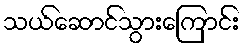
သယ်ဆောင်သွားကြောင်း